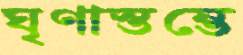
ঘৃণাস্তম্ভে